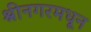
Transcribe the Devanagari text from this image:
श्रीनगरमधून